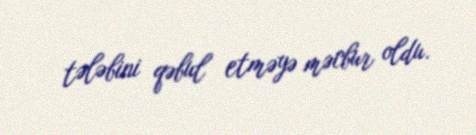
tələbini qəbul etməyə məcbur oldu.